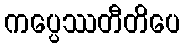
ကပ္ပေဿတီတိပေ